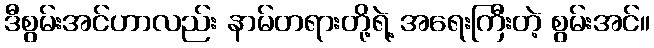
ဒီစွမ်းအင်ဟာလည်း နာမ်တရားတို့ရဲ့ အရေးကြီးတဲ့ စွမ်းအင်။